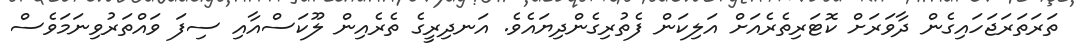
ތަރަތަރަޖަހައިގެން ދާވަރަށް ކޮޓަރިތެރެއަށް އަލިކަން ފެތުރިގެންދިޔައެވެ. އަނދިރީގެ ތެރެއިން ލޫކަސްއާއި ސިފަ ވައްތަރުވިނަމަވެސް